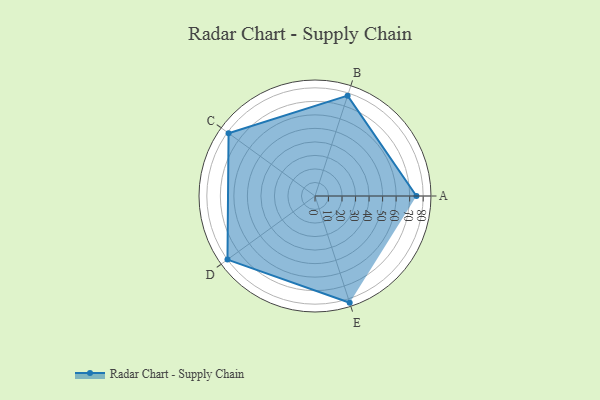
{"axis": {"x": "Skill", "y": "Score"}, "legend": ["Profile"], "data": [{"x": "A", "y": 75.0, "type": "Profile"}, {"x": "B", "y": 78.0, "type": "Profile"}, {"x": "C", "y": 79.0, "type": "Profile"}, {"x": "D", "y": 80.0, "type": "Profile"}, {"x": "E", "y": 83.0, "type": "Profile"}]}